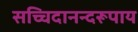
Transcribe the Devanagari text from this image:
सच्चिदानन्दरूपाय